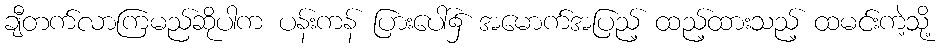
ချီတက်လာကြမည်ဆိုပါက ပန်းကန် ပြားပေါ်၌ အမောက်အပြည့် ထည့်ထားသည့် ထမင်းကဲ့သို့